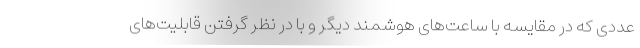
عددی که در مقایسه با ساعت‌های هوشمند دیگر و با در نظر گرفتن قابلیت‌های